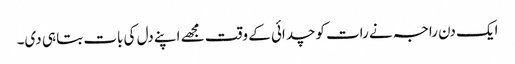
ایک دن راجہ نے رات کو چدائی کے وقت مجھے اپنے دل کی بات بتا ہی دی۔